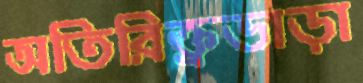
অতিরিক্ত্রভাড়া